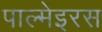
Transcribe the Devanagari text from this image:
पाल्मेइरस